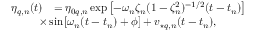
\begin{array} { r l } { \eta _ { q , n } ( t ) } & { = \eta _ { 0 q , n } \exp \! \; \! \left[ { - \omega _ { n } \zeta _ { n } ( 1 - \zeta _ { n } ^ { 2 } ) ^ { - 1 / 2 } ( t - t _ { n } ) } \right] } \\ & { \! \! \! \! \! \! \! \! \times \sin \! \; \! \left[ \omega _ { n } ( t - t _ { n } ) + \phi \right] + v _ { \star q , n } ( t - t _ { n } ) , } \end{array}